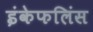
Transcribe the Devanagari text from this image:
इंकेफलिंस